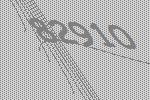
82910